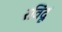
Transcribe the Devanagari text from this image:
रविंदू